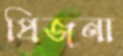
প্রিজনা